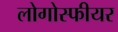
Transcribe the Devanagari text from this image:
लोगोस्फीयर